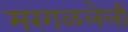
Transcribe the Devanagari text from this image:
मरगळलेली